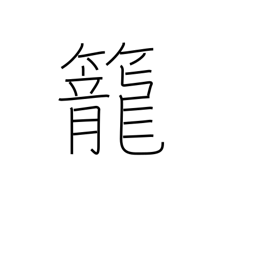
Meaning: coop